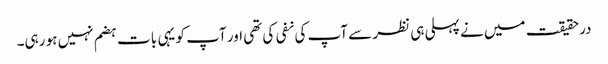
درحقیقت میں نے پہلی ہی نظر سے آپ کی نفی کی تھی اور آپ کو یہی بات ہضم نہیں ہو رہی۔